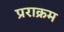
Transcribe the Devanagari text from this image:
प्रराक्रम